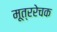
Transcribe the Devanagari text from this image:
मूत्ररेचक